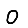
Digit: 0